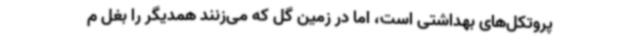
پروتکل‌های بهداشتی است، اما در زمین گل که می‌زنند همدیگر را بغل م